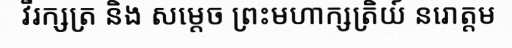
វីរក្សត្រ និង សម្តេច ព្រះមហាក្សត្រិយ៍ នរោត្តម